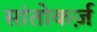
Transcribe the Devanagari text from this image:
सांतोकर्ज़